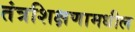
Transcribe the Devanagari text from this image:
तंत्रशिक्षणामधील